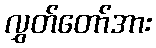
လွှတ်တော်အား